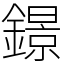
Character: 鐛